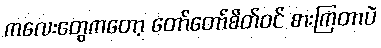
ကလေးတွေကတော့ တော်တော်စိတ်ဝင် စားကြတာပဲ